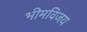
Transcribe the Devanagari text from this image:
भीमविजय